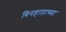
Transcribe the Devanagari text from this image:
बिनहाताच्या